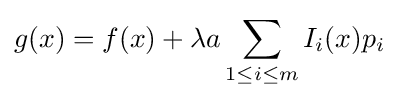
g(x)=f(x)+\lambda a\sum _{1\leq i\leq m}I_{i}(x)p_{i}